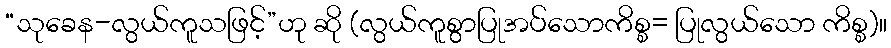
“သုခေန-လွယ်ကူသဖြင့်”ဟု ဆို (လွယ်ကူစွာပြုအပ်သောကိစ္စ= ပြုလွယ်သော ကိစ္စ)။